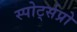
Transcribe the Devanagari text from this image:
स्पोर्ट्सप्रो